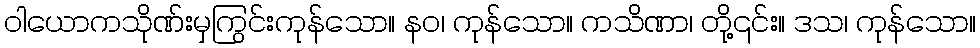
ဝါယောကသိုဏ်းမှကြွင်းကုန်သော။ နဝ၊ ကုန်သော။ ကသိဏာ၊ တို့၎င်း။ ဒသ၊ ကုန်သော။